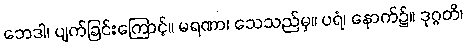
ဘေဒါ၊ ပျက်ခြင်းကြောင့်။ မရဏာ၊ သေသည်မှ။ ပရံ၊ နောက်၌။ ဒုဂ္ဂတိ၊